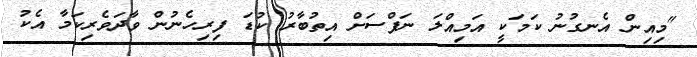
"މިއިން އެނގުނު ކަމަކީ އަމިއްލަ ނަފްސަށް އިތުބާރު ކުޑަ ފިރިހެނުން ވާދަވެރިކަމާ އެކު